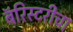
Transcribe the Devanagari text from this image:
बॅरिस्टरीचा